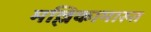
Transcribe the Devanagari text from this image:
मल्लिकामारुत